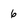
Character: 6